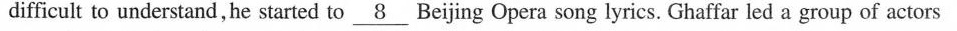
difficult to understand, he started to \underline{8 } Beijing Opera song lyrics. Ghaffar led a group of actors